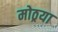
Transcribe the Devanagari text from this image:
मोठ्रया